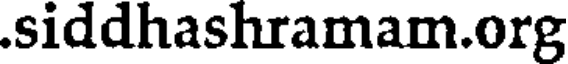
.siddhashramam.org